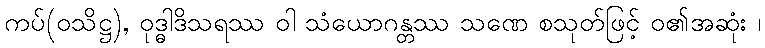
ကပ်(ဝသိဋ္ဌ), ဝုဒ္ဓါဒိသရဿ ဝါ သံယောဂန္တဿ သဏေ စသုတ်ဖြင့် ဝ၏အဆုံး ၊